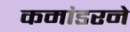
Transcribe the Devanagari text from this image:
कमांडरने